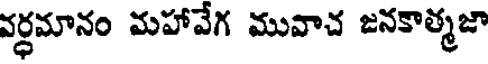
వర్ధమానం మహావేగ మువాచ జనకాత్మజా